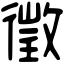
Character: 徵